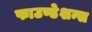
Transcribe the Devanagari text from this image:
फाउण्डेशन्स